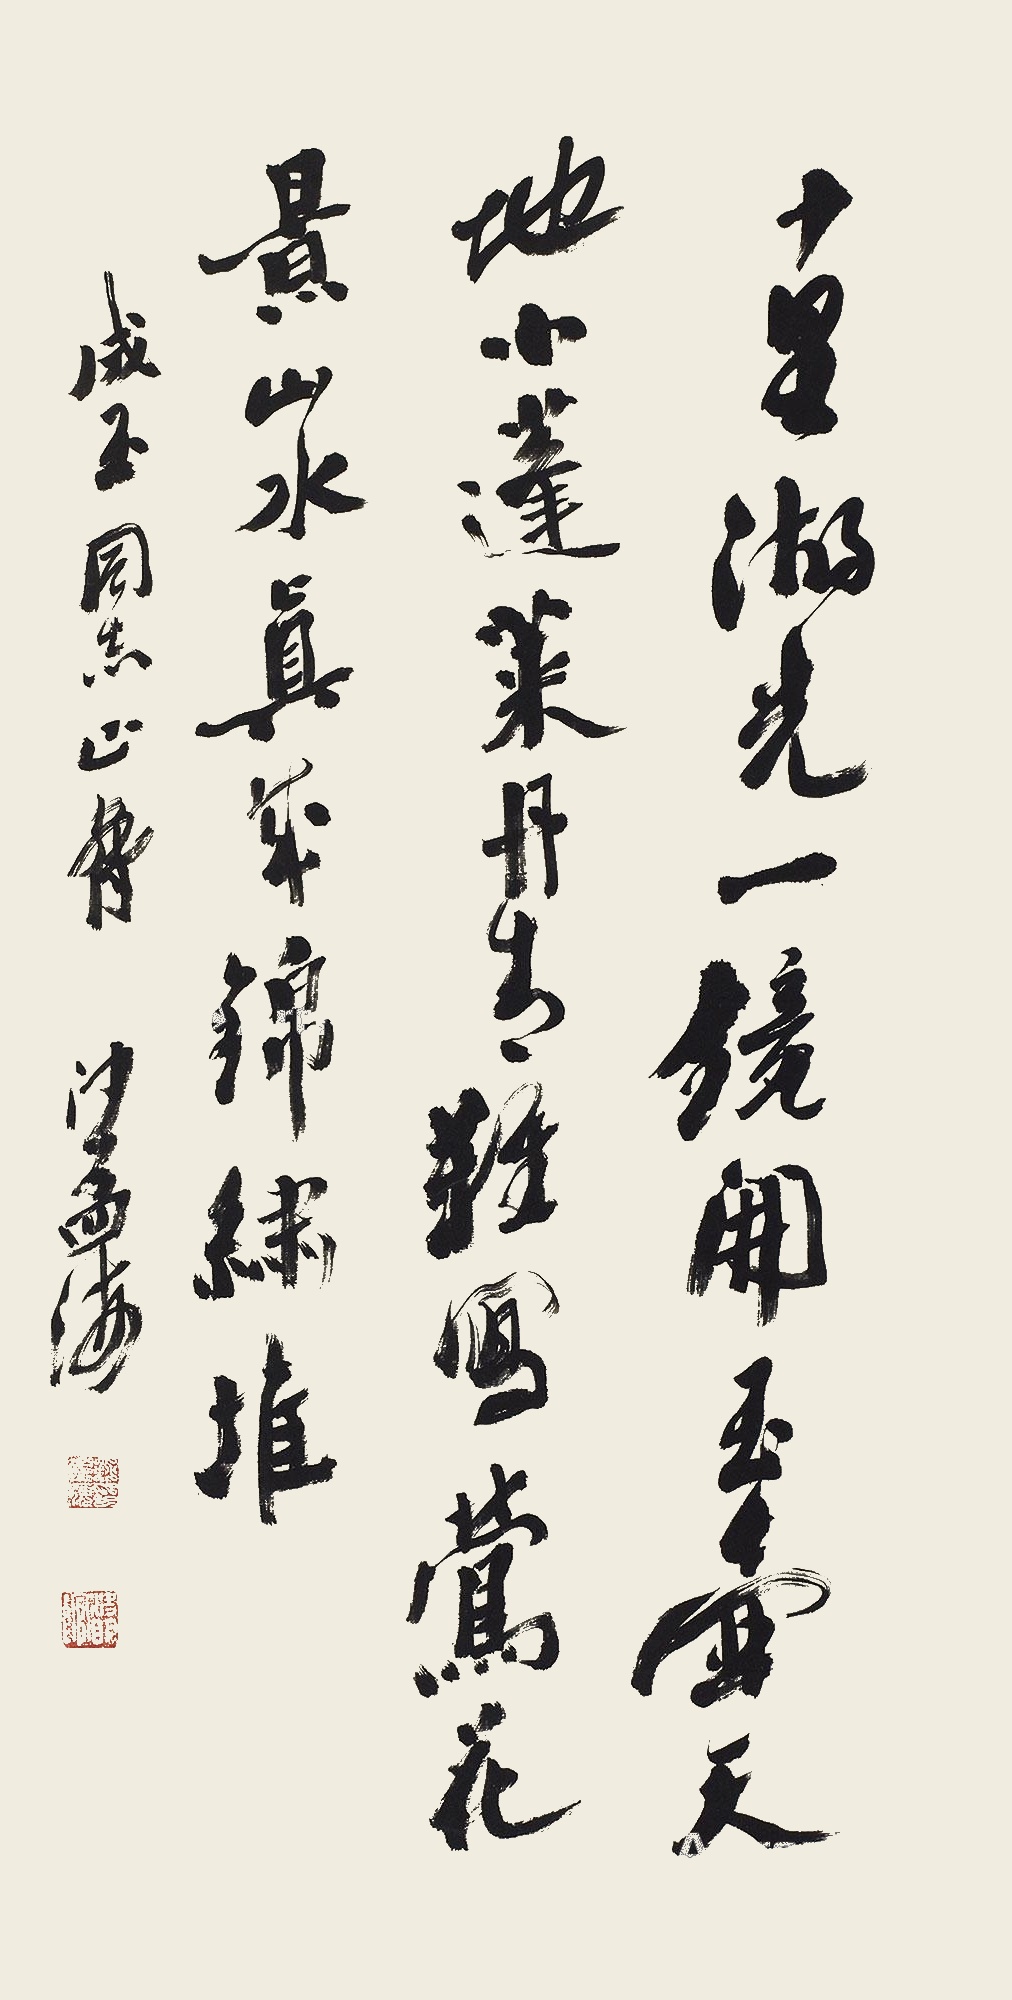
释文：十里湖光一镜开，玉壶天地小蓬莱，丹青难写莺花景，山水真成锦绣堆。成玉同志正腕，沙孟海。